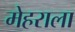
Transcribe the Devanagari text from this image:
मेहराला